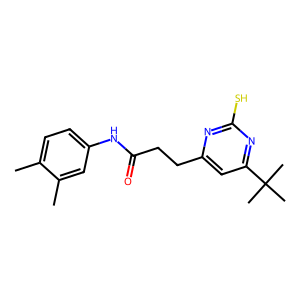
SMILES: Cc1ccc(NC(=O)CCc2cc(C(C)(C)C)nc(S)n2)cc1C
Inhibits HIV replication: No